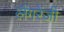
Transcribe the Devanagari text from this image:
लैंगरेंजी